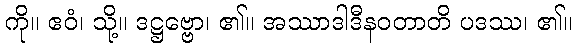
ကို။ ဧဝံ၊ သို့။ ဒဋ္ဌဗ္ဗော၊ ၏။ အဿာဒါဒီနဝတာတိ ပဒဿ၊ ၏။